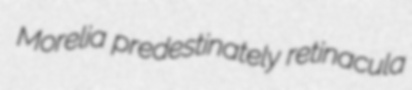
Morelia predestinately retinacula